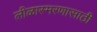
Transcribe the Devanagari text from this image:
लीळास्मरणासाठी